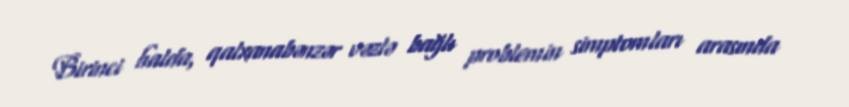
Birinci halda, qalxanabənzər vəzlə bağlı problemin simptomları arasında